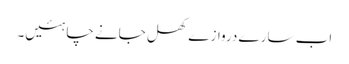
اب سارے دروازے کھل جانے چاہئیں۔